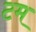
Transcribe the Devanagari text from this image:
टम